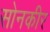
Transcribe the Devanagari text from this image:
सोनकीर